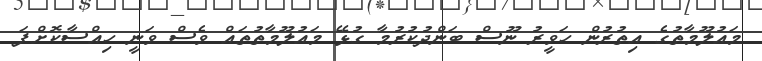
މައުލޫމާތުގެ އިތުރުން ހަވީރު ނޫސް ބަންދުކުރުމާ ގުޅޭ މައުލޫމާތުތައް ވެސް ވަނީ ހިއްސާކޮށްފަ